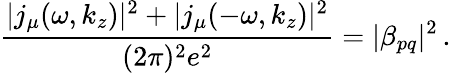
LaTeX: \frac{|j_{\mu}(\omega,k_{z})|^{2}+|j_{\mu}(-\omega,k_{z})|^{2}}{(2\pi)^{2}e^{2}}=|\beta_{pq}|^{2}\, .